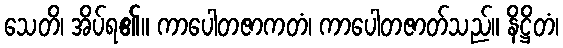
သေတိ၊ အိပ်ရ၏။ ကာပေါတဇာကတံ၊ ကာပေါတဇာတ်သည်။ နိဋ္ဌိတံ၊